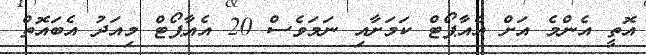
އޮތީ އެންމެ އަށް އެއާޕޯޓް ކަމަށާއި ނަމަވެސް 20 އެއާޕޯޓް މިއަދު އެބައޮތް